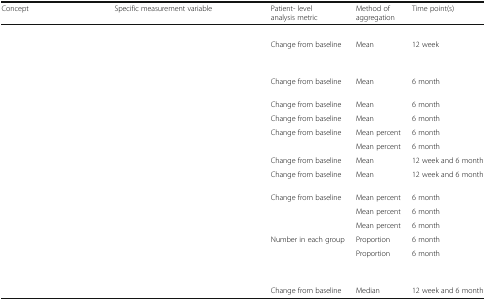
<table><thead><tr><td><b>Concept</b></td><td><b>Specific measurement variable</b></td><td><b>Patient- level analysis metric</b></td><td><b>Method of aggregation</b></td><td><b>Time point(s) </b></td></tr></thead><tbody><tr><td colspan="5">[EMPTY_CELL]</td></tr><tr><td>[EMPTY_CELL]</td><td>[EMPTY_CELL]</td><td>Change from baseline</td><td>Mean</td><td>12 week</td></tr><tr><td colspan="5">[EMPTY_CELL]</td></tr><tr><td>[EMPTY_CELL]</td><td>[EMPTY_CELL]</td><td>Change from baseline</td><td>Mean</td><td>6 month</td></tr><tr><td>[EMPTY_CELL]</td><td>[EMPTY_CELL]</td><td>Change from baseline</td><td>Mean</td><td>6 month</td></tr><tr><td>[EMPTY_CELL]</td><td>[EMPTY_CELL]</td><td>Change from baseline</td><td>Mean</td><td>6 month</td></tr><tr><td rowspan="2">[EMPTY_CELL]</td><td>[EMPTY_CELL]</td><td>Change from baseline</td><td>Mean percent</td><td>6 month</td></tr><tr><td>[EMPTY_CELL]</td><td>[EMPTY_CELL]</td><td>Mean percent</td><td>6 month</td></tr><tr><td>[EMPTY_CELL]</td><td>[EMPTY_CELL]</td><td>Change from baseline</td><td>Mean</td><td>12 week and 6 month</td></tr><tr><td>[EMPTY_CELL]</td><td>[EMPTY_CELL]</td><td>Change from baseline</td><td>Mean</td><td>12 week and 6 month</td></tr><tr><td rowspan="3">[EMPTY_CELL]</td><td>[EMPTY_CELL]</td><td>Change from baseline</td><td>Mean percent</td><td>6 month</td></tr><tr><td>[EMPTY_CELL]</td><td>[EMPTY_CELL]</td><td>Mean percent</td><td>6 month</td></tr><tr><td>[EMPTY_CELL]</td><td>[EMPTY_CELL]</td><td>Mean percent</td><td>6 month</td></tr><tr><td rowspan="2">[EMPTY_CELL]</td><td>[EMPTY_CELL]</td><td>Number in each group</td><td>Proportion</td><td>6 month</td></tr><tr><td>[EMPTY_CELL]</td><td>[EMPTY_CELL]</td><td>Proportion</td><td>6 month</td></tr><tr><td colspan="5">[EMPTY_CELL]</td></tr><tr><td>[EMPTY_CELL]</td><td>[EMPTY_CELL]</td><td>Change from baseline</td><td>Median</td><td>12 week and 6 month</td></tr></tbody></table>